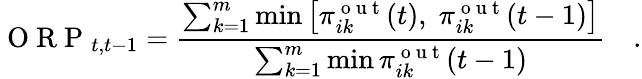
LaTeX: \mathrm{~O~R~P~}_{t,t-1}=\frac{\sum_{k=1}^{m}\operatorname*{min}\left[\pi_{ik}^{\mathrm{~o~u~t~}}(t),\; \pi_{ik}^{\mathrm{~o~u~t~}}(t-1)\right]}{\sum_{k=1}^{m}\operatorname*{min}\pi_{ik}^{\mathrm{~o~u~t~}}(t-1)}\quad.